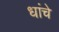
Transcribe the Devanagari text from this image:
धांचे